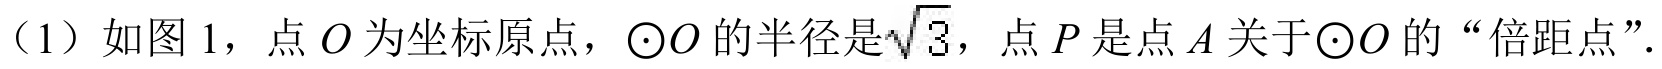
（1）如图 1，点\(O\)为坐标原点，\(\odot O\)的半径是\(\sqrt{3}\)，点\(P\)是点\(A\)关于\(\odot O\)的“倍距点”.